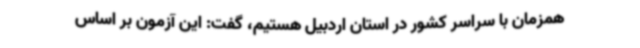
همزمان با سراسر کشور در استان اردبیل هستیم، گفت: این آزمون بر اساس